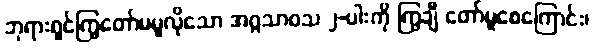
ဘုရားရှင်ကြွတော်မမူလိုသော အဂ္ဂသာဝသ ၂-ပါးကို ကြွချီ တော်မူစေကြောင်း၊